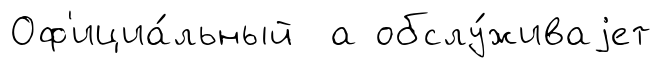
Оф'ициа́льный а обслу́живаjет